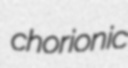
chorionic